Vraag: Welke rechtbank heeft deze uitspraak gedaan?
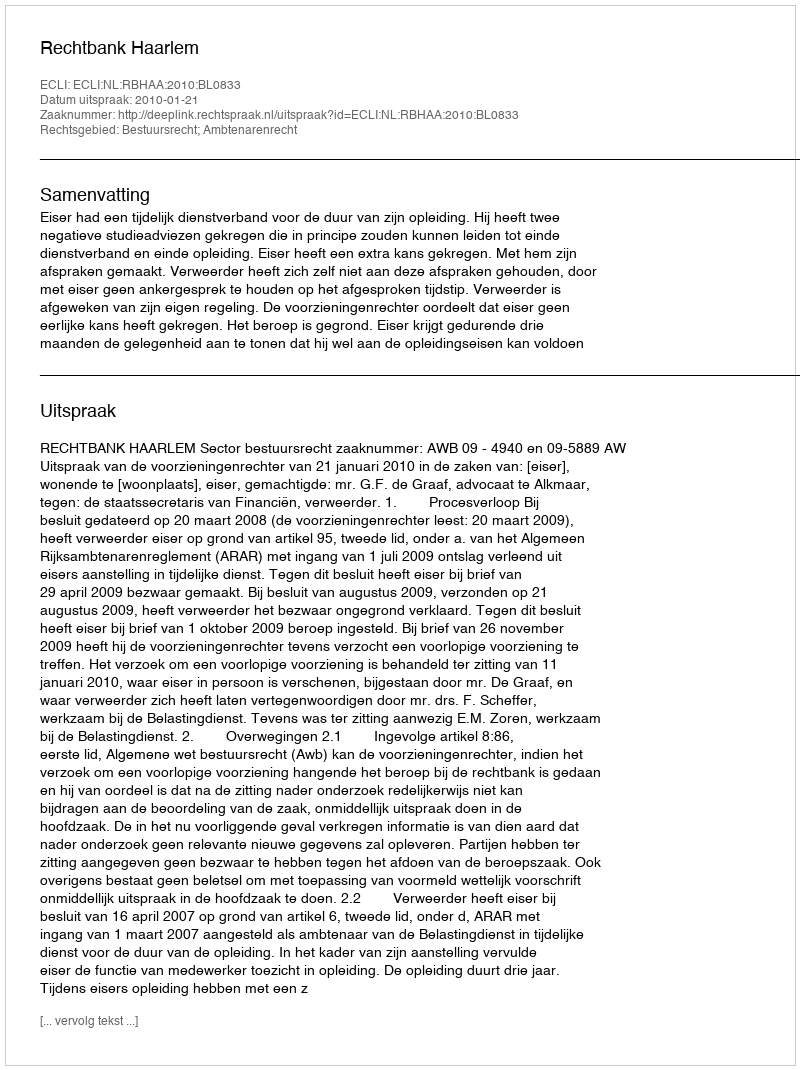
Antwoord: Rechtbank Haarlem